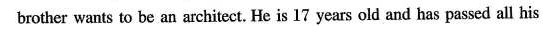
brother wants to be an architect. He is 17 years old and has passed all his